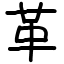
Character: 革